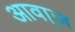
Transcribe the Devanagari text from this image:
आवा्ज